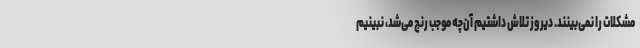
مشکلات را نمی‌بینند. دیروز تلاش داشتیم آن‌چه موجب رنج می‌شد، نبینیم